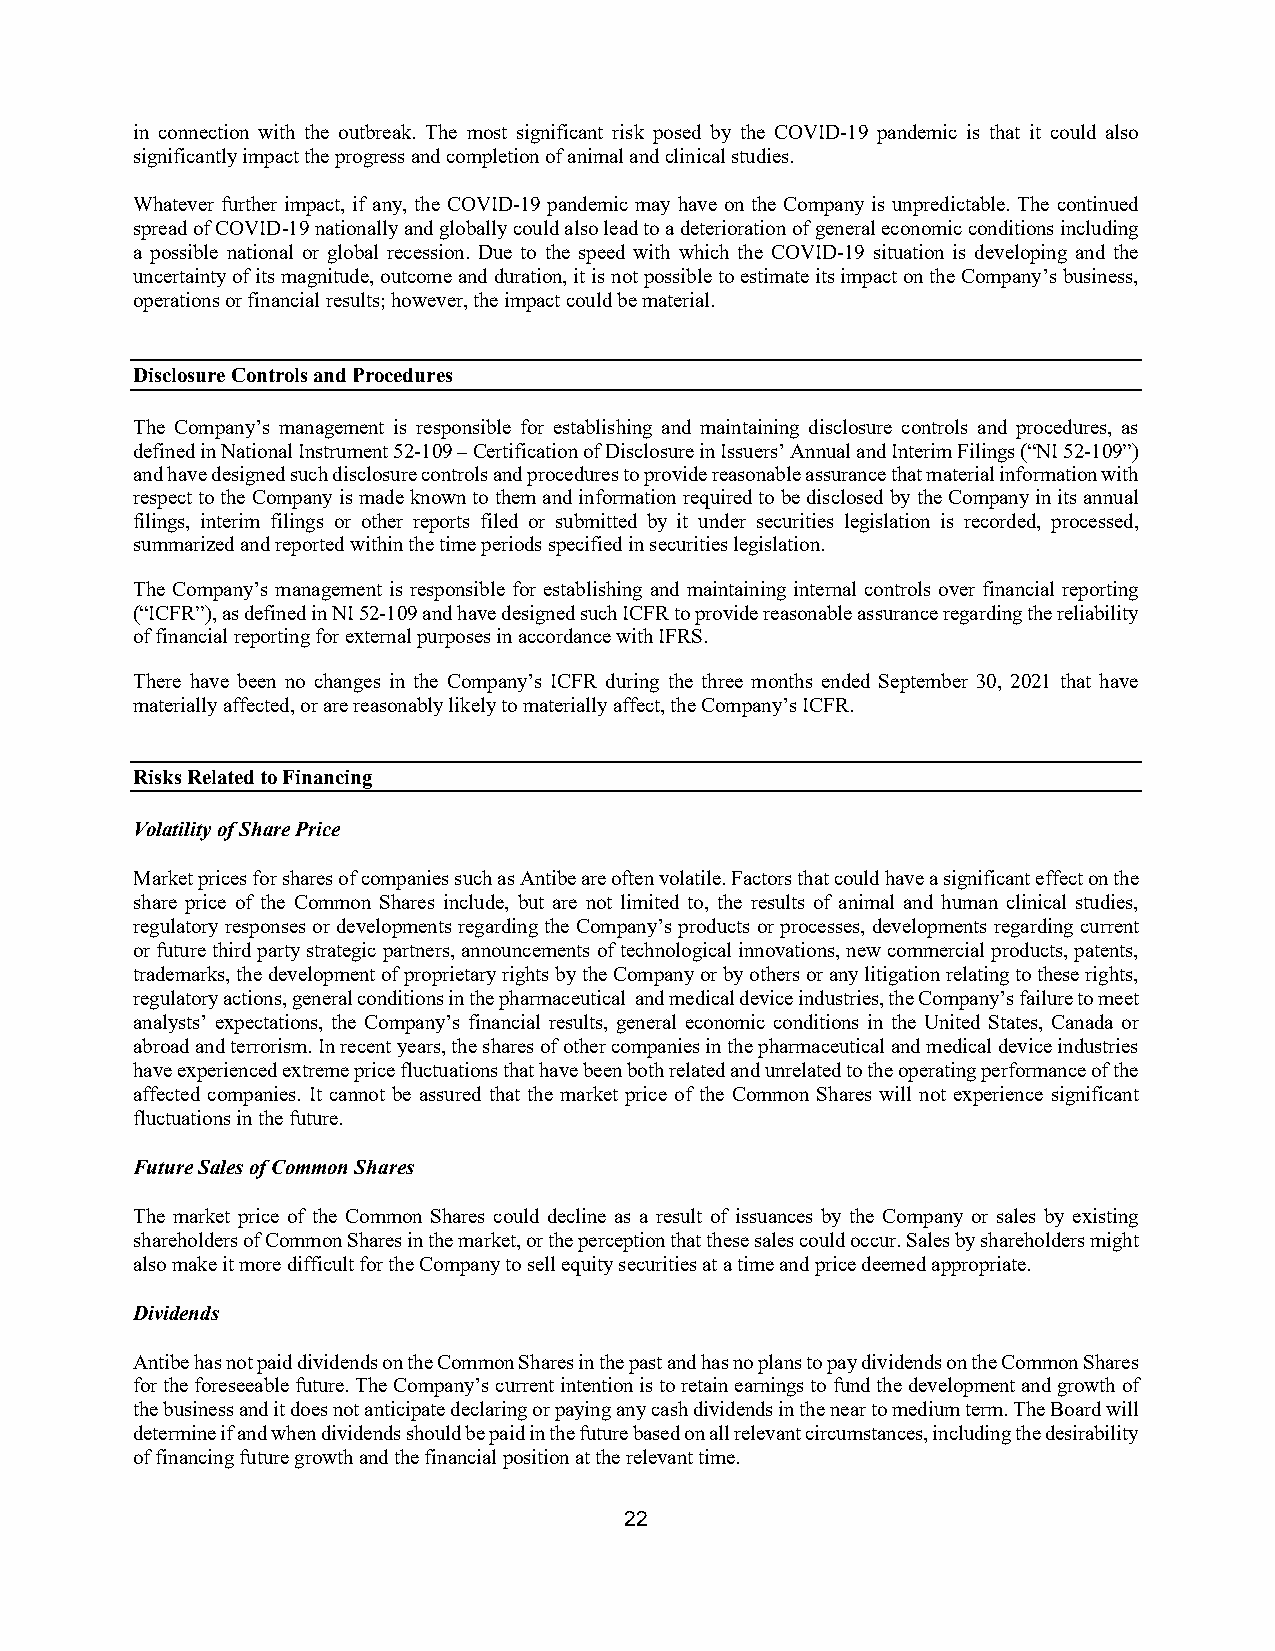
in connection with the outbreak. The most significant risk posed by the COVID-19 pandemic is that it could also
 significantly impact the progress and completion of animal and clinical studies.
 Whatever further impact, if any, the COVID-19 pandemic may have on the Company is unpredictable. The continued
 spread of COVID-19 nationally and globally could also lead to a deterioration of general economic conditions including
 a possible national or global recession. Due to the speed with which the COVID-19 situation is developing and the
 uncertainty of its magnitude, outcome and duration, it is not possible to estimate its impact on the Company’s business,
 operations or financial results; however, the impact could be material.
 Disclosure Controls and Procedures
 The Company’s management is responsible for establishing and maintaining disclosure controls and procedures, as
 defined in National Instrument 52-109 – Certification of Disclosure in Issuers’ Annual and Interim Filings (“NI 52-109”)
 and have designed such disclosure controls and procedures to provide reasonable assurance that material information with
 respect to the Company is made known to them and information required to be disclosed by the Company in its annual
 filings, interim filings or other reports filed or submitted by it under securities legislation is recorded, processed,
 summarized and reported within the time periods specified in securities legislation.
 The Company’s management is responsible for establishing and maintaining internal controls over financial reporting
 (“ICFR”), as defined in NI 52-109 and have designed such ICFR to provide reasonable assurance regarding the reliability
 of financial reporting for external purposes in accordance with IFRS.
 There have been no changes in the Company’s ICFR during the three months ended September 30, 2021 that have
 materially affected, or are reasonably likely to materially affect, the Company’s ICFR.
 Risks Related to Financing
 Volatility of Share Price
 Market prices for shares of companies such as Antibe are often volatile. Factors that could have a significant effect on the
 share price of the Common Shares include, but are not limited to, the results of animal and human clinical studies,
 regulatory responses or developments regarding the Company’s products or processes, developments regarding current
 or future third party strategic partners, announcements of technological innovations, new commercial products, patents,
 trademarks, the development of proprietary rights by the Company or by others or any litigation relating to these rights,
 regulatory actions, general conditions in the pharmaceutical and medical device industries, the Company’s failure to meet
 analysts’ expectations, the Company’s financial results, general economic conditions in the United States, Canada or
 abroad and terrorism. In recent years, the shares of other companies in the pharmaceutical and medical device industries
 have experienced extreme price fluctuations that have been both related and unrelated to the operating performance of the
 affected companies. It cannot be assured that the market price of the Common Shares will not experience significant
 fluctuations in the future.
 Future Sales of Common Shares
 The market price of the Common Shares could decline as a result of issuances by the Company or sales by existing
 shareholders of Common Shares in the market, or the perception that these sales could occur. Sales by shareholders might
 also make it more difficult for the Company to sell equity securities at a time and price deemed appropriate.
 Dividends
 Antibe has not paid dividends on the Common Shares in the past and has no plans to pay dividends on the Common Shares
 for the foreseeable future. The Company’s current intention is to retain earnings to fund the development and growth of
 the business and it does not anticipate declaring or paying any cash dividends in the near to medium term. The Board will
 determine if and when dividends should be paid in the future based on all relevant circumstances, including the desirability
 of financing future growth and the financial position at the relevant time.
 22